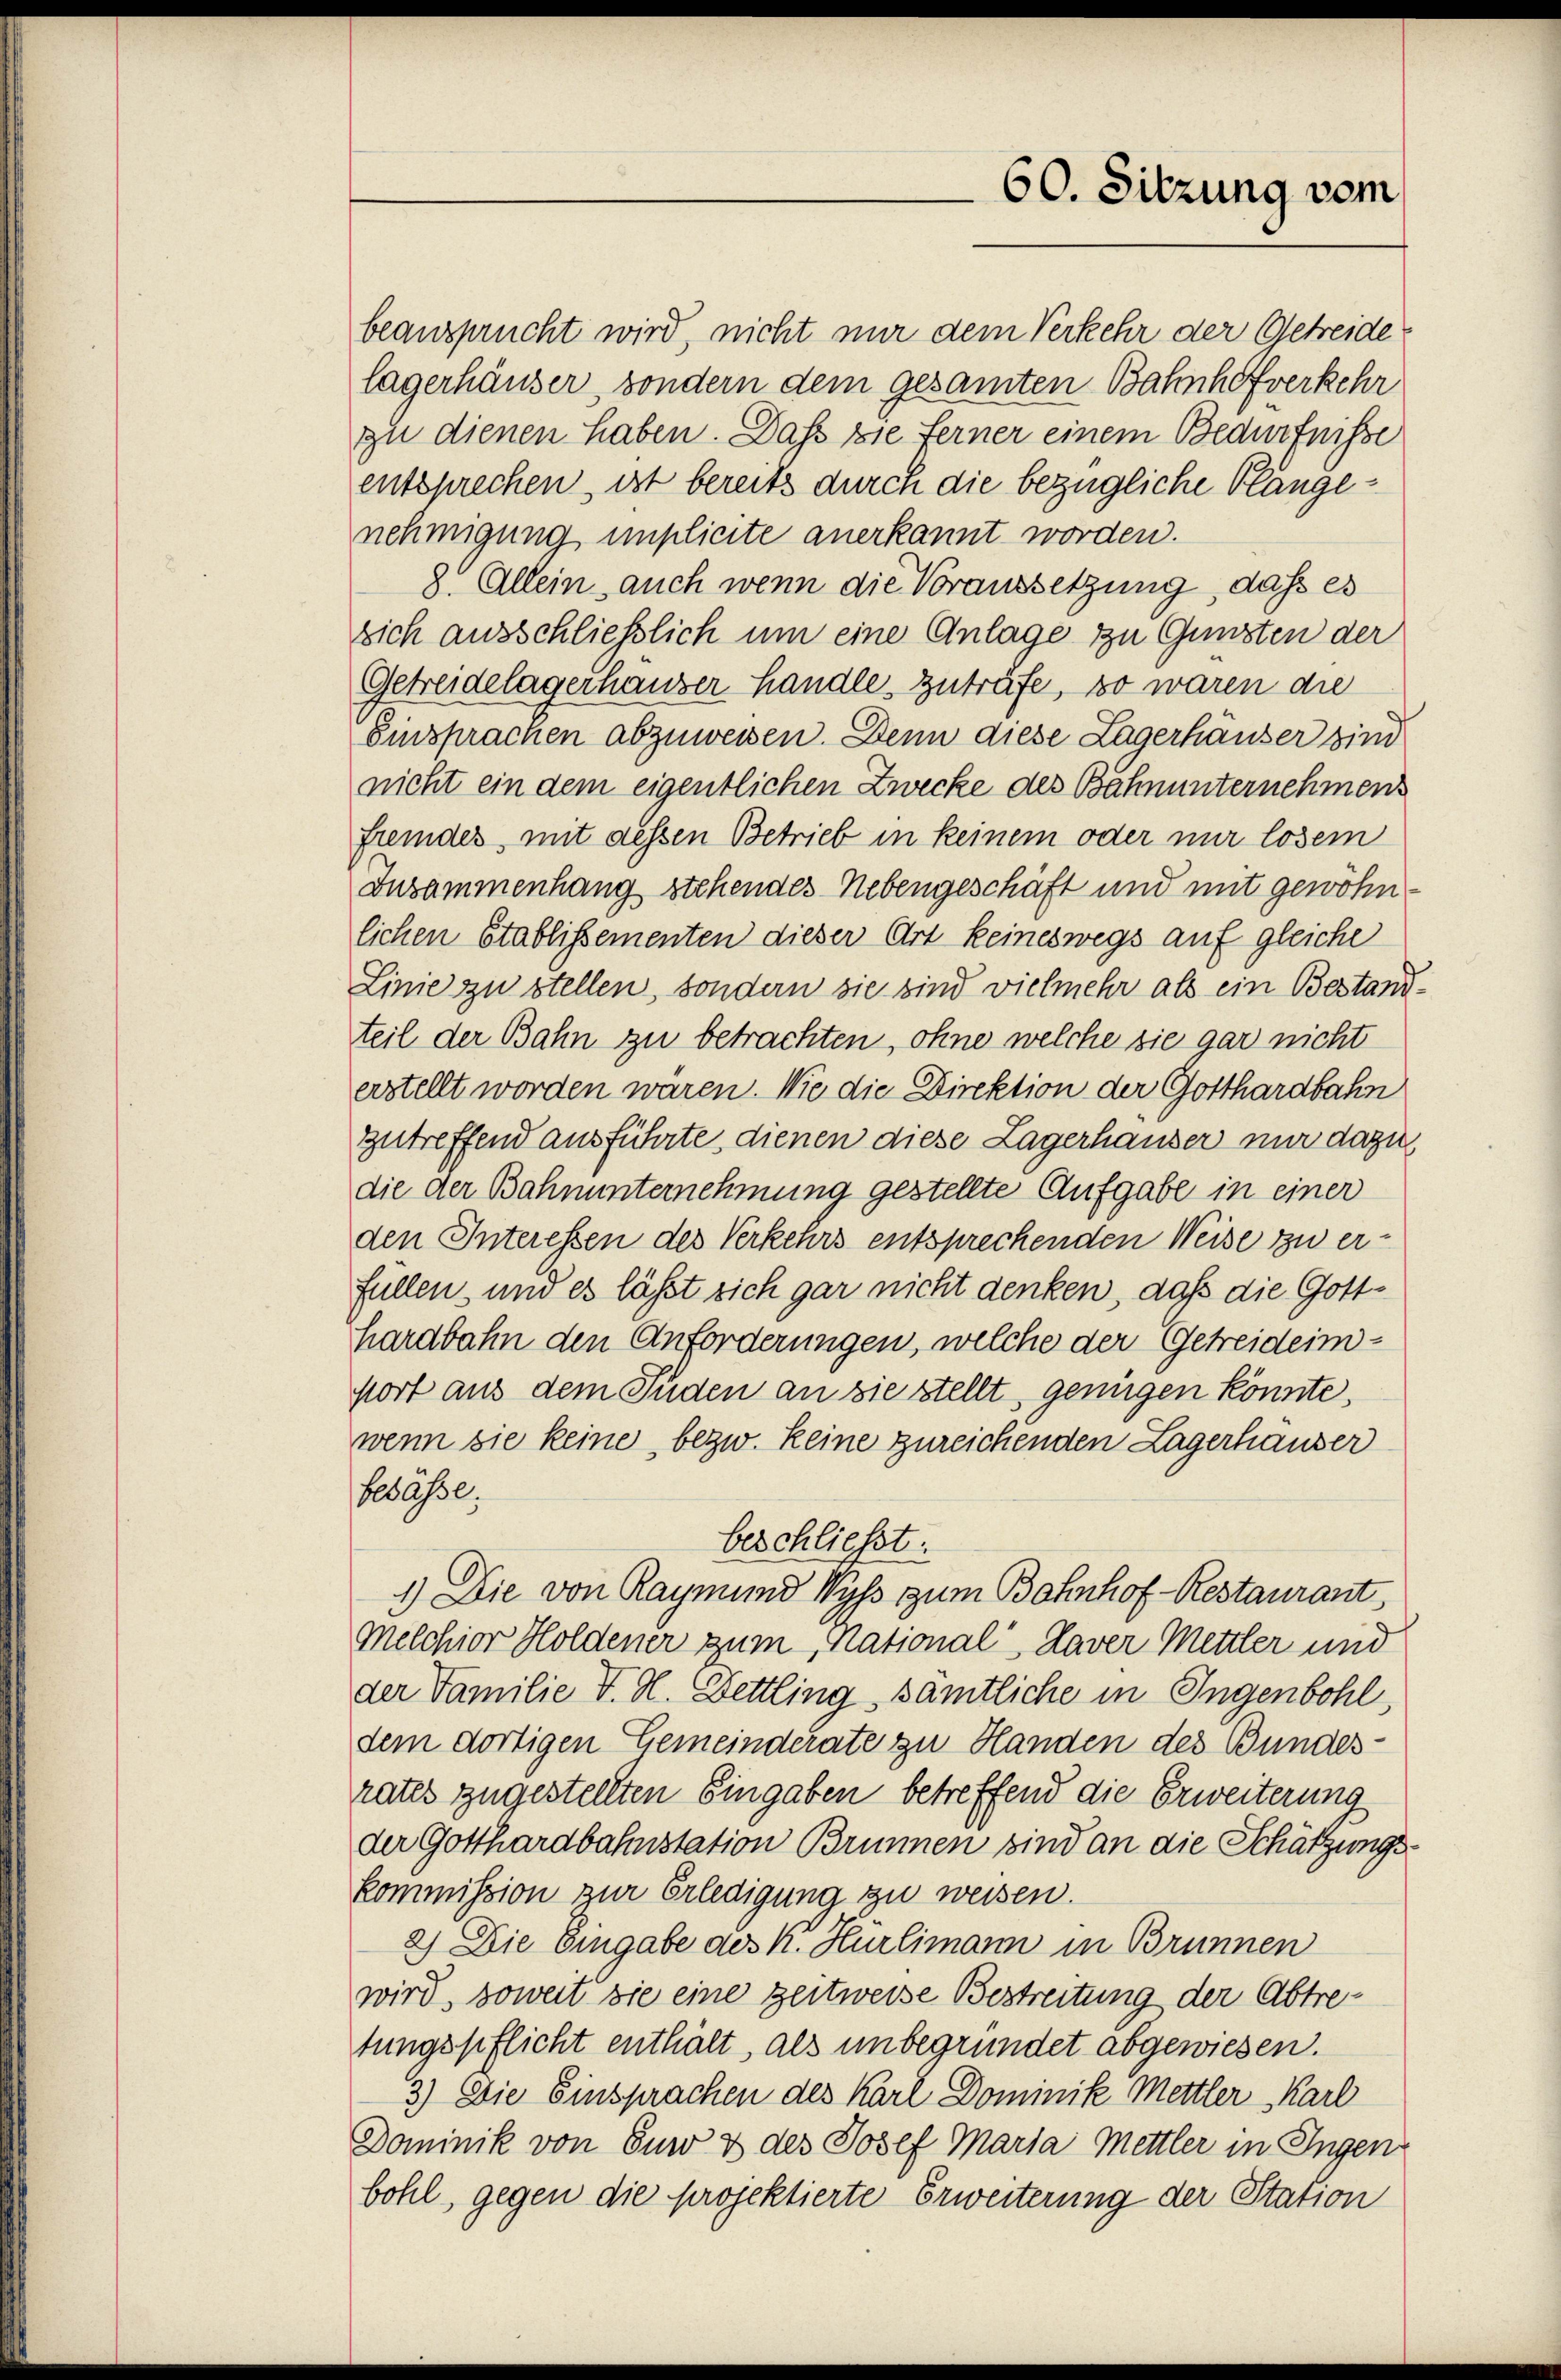
beansprucht wird, nicht nur dem Verkehr der Getreide
lagerhäuser, sondern dem gesamten Bahnhofverkehr
zu dienen haben. Dass die Ferner einem Bedürfnisse
entsprechen, ist bereits durch die bezügliche Plängenehmigung implicite anerkannt worden.
8 Allein auch wenn die Voraussetzung, dass es
sich ausschließlich um eine Anlage zu Gunsten der
Getreidelagerhauser Handle, zuträfe, so waren die
Einsprachen abzuweisen. Denn diese Lagerhauser sind
nicht ein dem eigentlichen Zwecke des Bahnunternehmens
fremdes, mit dessen Betrieb in keinem oder mir losem
Iusammenhang stehendes Nebengeschäft und mit gewöhnlichen Etablissementen dieser Art keineswegs auf gleiche
Linie zu stellen, sondern sie sind vielmehr als ein Bestandteil der Bahn zu betrachten, ohne welche sie gar nicht
erstellt worden waren. Wie die Direktion der Gotthardbahn
zutreffend ausführte, dienen diese Lagerhauser nur dazu
die der Bahnunternehmung gestellte Aufgabe in einer
den Interessen des Verkehrs entsprechenden Weise zu erfüllen und es lässt sich gar nicht denken, daß die Gotthardbahn den Anforderungen, welche der Getreideimsort aus dem Süden an sie stellt genügen könnte.
wenn sie keine bezw. keine zureichenden Lagerhauser
besässe.
beschließt
1) Die von Raymund Wyss zum Bahnhof-Restaurant,
Melchior Holdener zum National, Haver Mettler und
der Familie K. H. Bettling sämtliche in Ingenbohl,
dem dortigen Gemeinderate zu Handen des Bundes-
rates zugestellten Eingaben betreffend die Erweiterung
der Gotthardbahnstation Brunnen sind an die Schätzungskommission zur Erledigung zu weisen.
2.) Die Eingabe des k. Hürlimann in Brunnen
wird, soweit die eine zeitweise Bestreitung der Abtretungspflicht enthält, als unbegründet abgewiesen.
3.) Die Einsprachen des Karl Dominik Mettler Karl
Dominik von Euer & des Josef Maria Mettler in Ingen
bohl, gegen die projektierte Erweiterung der Station

60. Sitzung vom